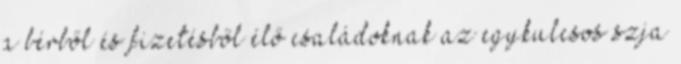
a bérből és fizetésből élő családoknak az egykulcsos szja